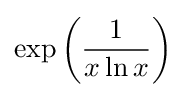
\exp \left({\frac {1}{x\ln x}}\right)